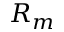
R _ { m }